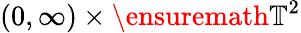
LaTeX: (0,\infty)\times\ensuremath{\mathbb{T}}^{2}